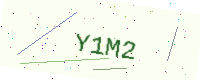
Text: Y1M2